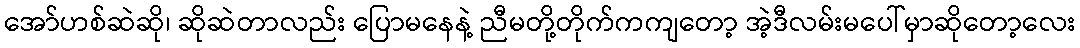
အော်ဟစ်ဆဲဆို၊ ဆိုဆဲတာလည်း ပြောမနေနဲ့ ညီမတို့တိုက်ကကျတော့ အဲ့ဒီလမ်းမပေါ်မှာဆိုတော့လေး